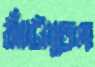
ঝাঁটাতেম